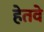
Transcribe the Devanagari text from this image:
हेतवे